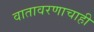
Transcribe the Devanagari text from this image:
वातावरणाचाही